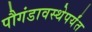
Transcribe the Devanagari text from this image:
पौगंडावस्थेपर्यंत